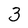
Character: 3